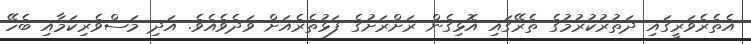
އެތެރެވަރީގައި ދަތުރުކުރުމުގެ ތެރޭގައި އޮޅިގެން ރަށްރަށުގެ ފަޅުތެރެއަށް ވަދެވެއެވެ. އަދި މަސްވެރިކަމާއި ބެހޭ